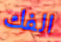
الفك